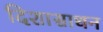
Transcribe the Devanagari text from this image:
दिशासाधन